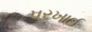
પરખાઈ